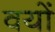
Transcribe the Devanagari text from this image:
वयों